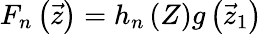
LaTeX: F_{n}\left({\vec{z}}\right)=h_{n}\left(Z\right)g\left({\vec{z}}_{1}\right)